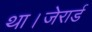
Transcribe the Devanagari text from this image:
था।जेरार्ड